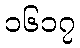
၁၆၁၇